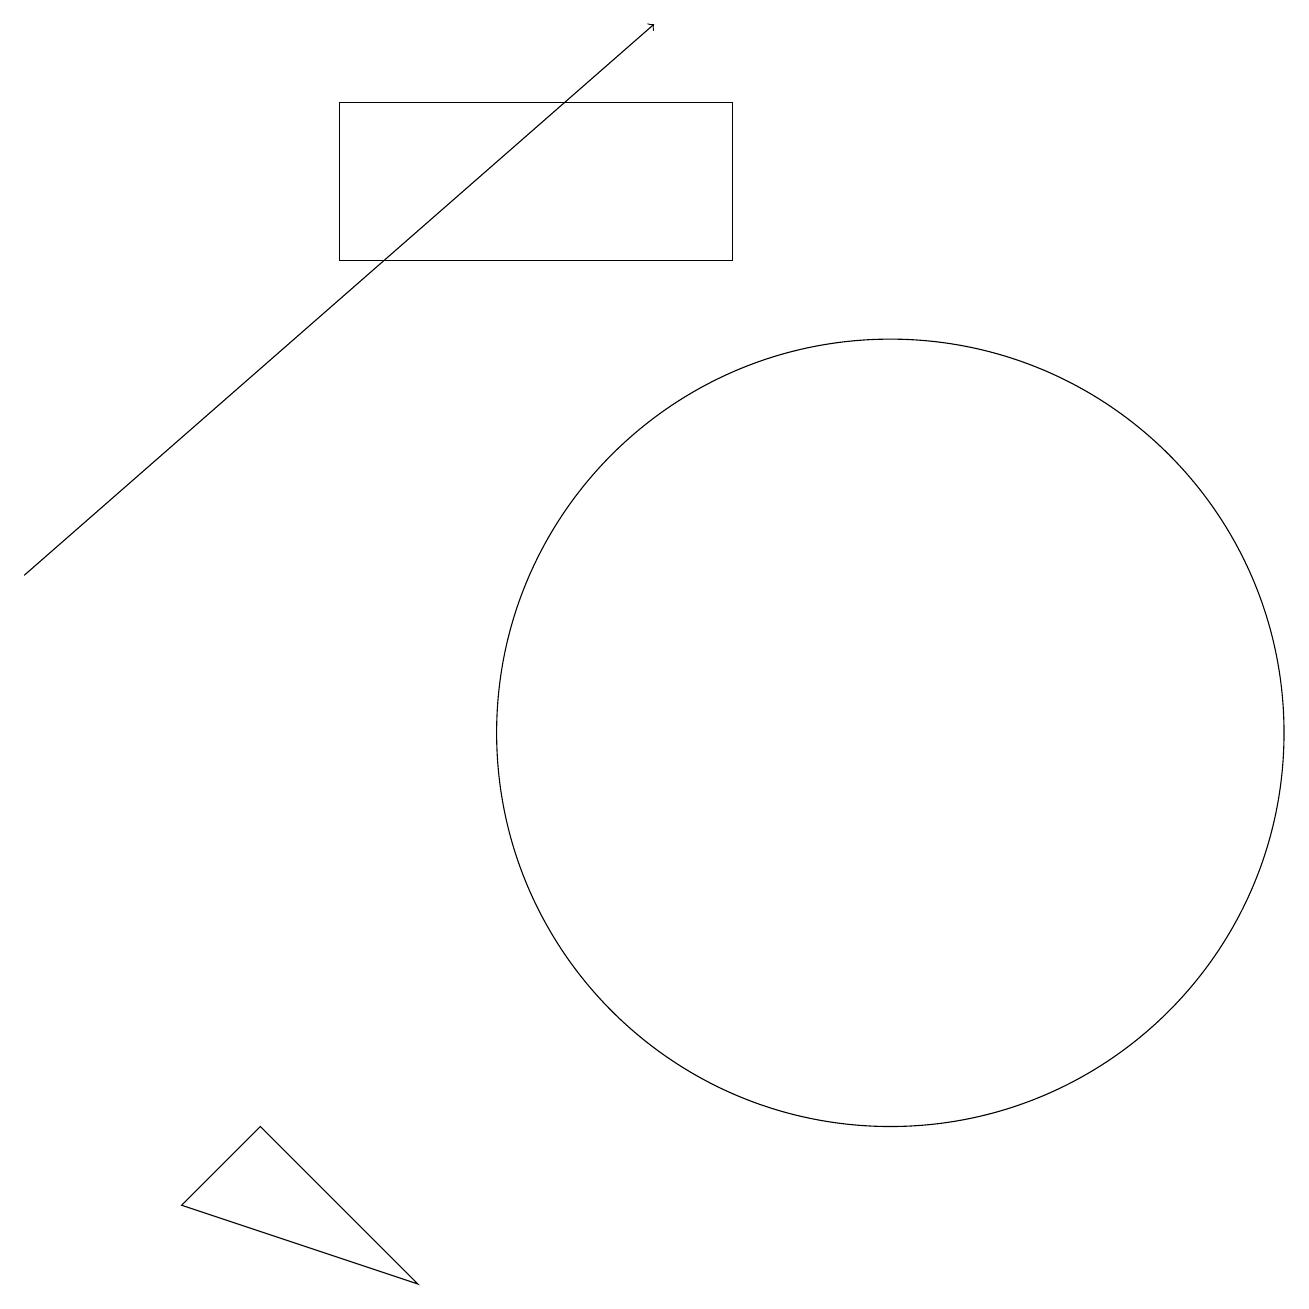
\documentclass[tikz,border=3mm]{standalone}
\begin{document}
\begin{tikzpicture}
\draw (3,5) -- (2,4) -- (5,3) -- cycle;
\draw (9,18) rectangle (4,16);
\draw[->] (0,12) -- (8,19);
\draw (11,10) circle (5);
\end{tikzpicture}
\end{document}